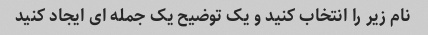
نام زیر را انتخاب کنید و یک توضیح یک جمله ای ایجاد کنید